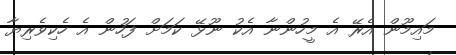
މައިމޫން އެރޭ އެ މީހުންނާ އެކު ނޫޅޭ ކަމަށް ފަހުން އެ ހެކިވެރިޔާ